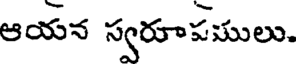
ఆయన స్వరూపములు.